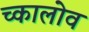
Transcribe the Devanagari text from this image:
च्कालोव